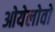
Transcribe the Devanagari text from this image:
ओयेलोवो